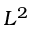
L ^ { 2 }